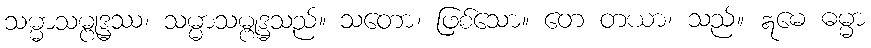
သမ္မာသမ္ဗုဒ္ဓဿ၊ သမ္မာသမ္ဗုဒ္ဓသည်။ သတော၊ ဖြစ်သော။ တေ တယာ၊ သည်။ ဣမေ ဓမ္မာ